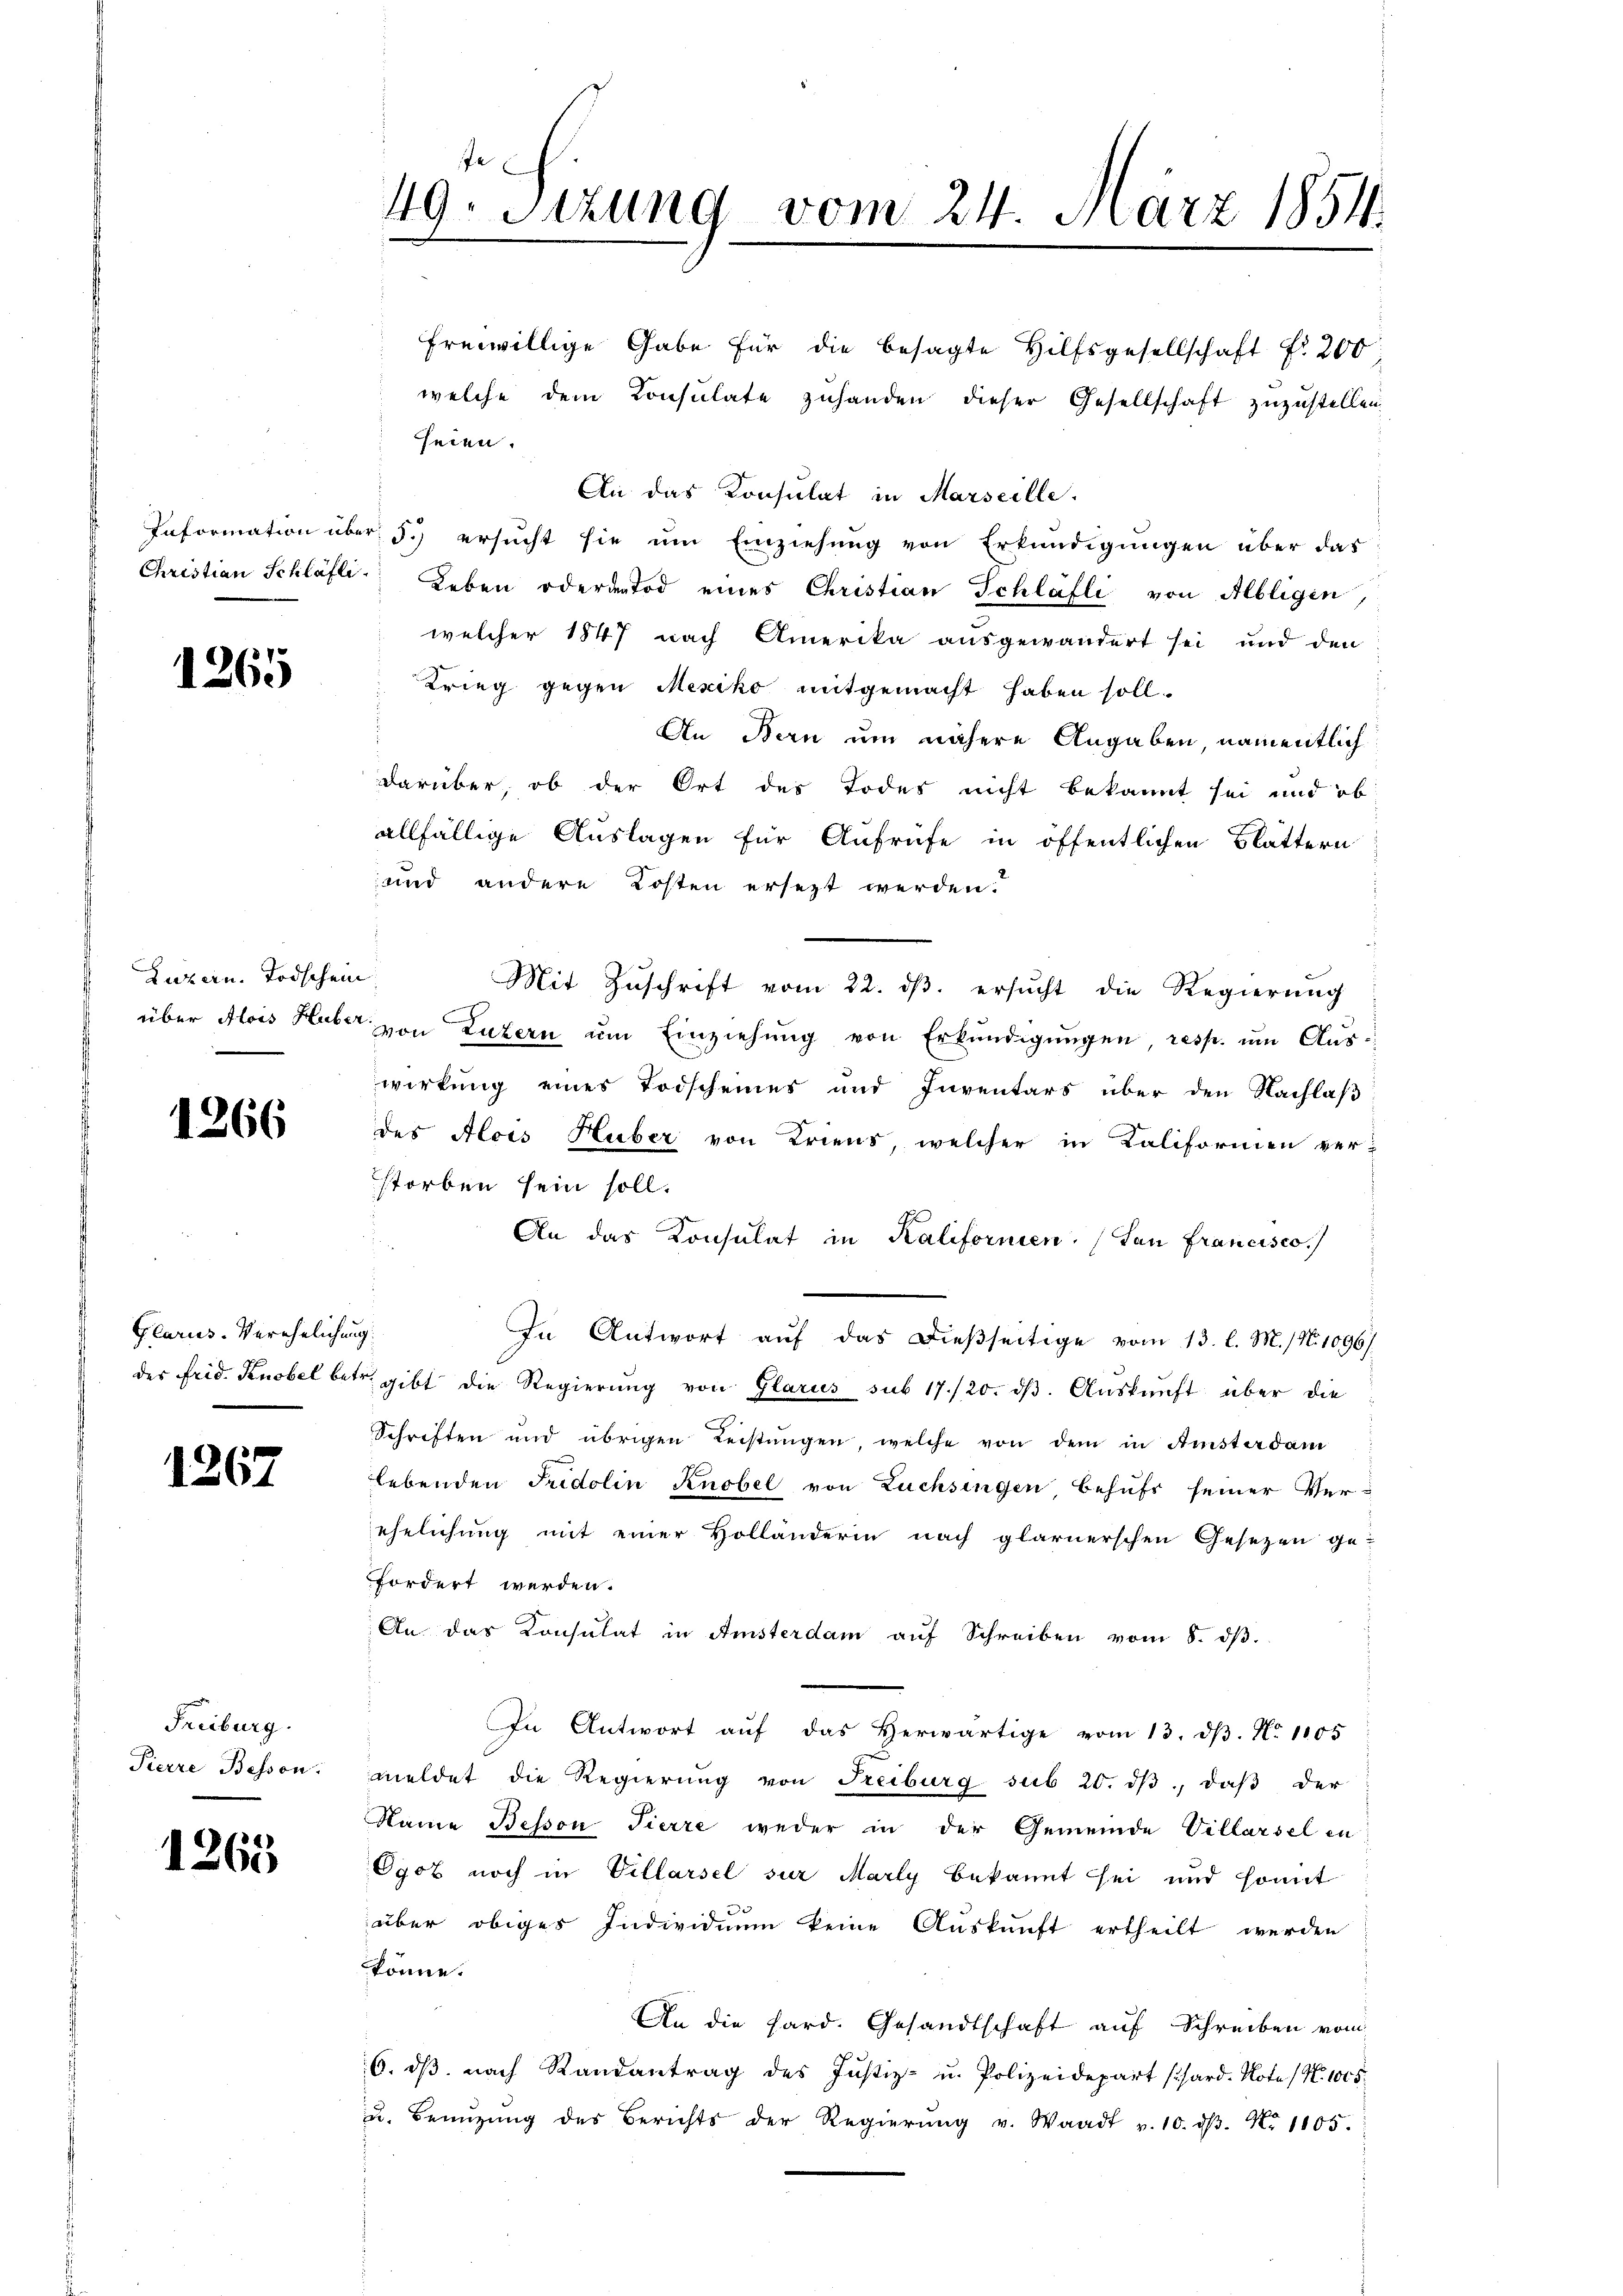
1265

Luzern. Todschein

1266

Glarus. Verehelichung

1267

Freiburg.
Pierre Bessen:

1265

e
49. Sitzung vom 24. März 1854.

seien.
An das Konsulat in Marseille.
Information über 5.) ersucht sie um Einziehung von Erkundigungen über das
Christian Schläfli. Leben oderentod eines Christian Schläfli von Albligen,
welcher 1847 nach Amerika ausgewandert sei und den
Krieg gegen Mexiko mitgemacht haben soll.
An Bern um nähere Angaben, namentlich
darüber, ob der Ort des Todes nicht bekannt sei und ob
allfällige Auslagen für Aufrufe in öffentlichen Blättern
und andere Kosten ersezt werden.
Mit Zŭschrift vom 22. dβ. ersŭcht die Regierŭng
über Alois Huber von Luzern ŭm Einziehŭng von Erkŭndigŭngen, resp. um Aus-
wirkung eines Todscheines und Inventars über den Nachlaß
des Alois Huber von Triens, welcher in Kaliformen verstorben sein soll.
An das Konsulat in Kalifornien. (San Francisco
In Antwort aŭf das dießseitige vom 13. l. M. / No. 1096/
der Frid. Knobel betr. gibt die Regierŭng von Glarus sub 17./20. dβ. Aŭskŭnft über die
Schriften und übrigen Leistŭngen, welche von dem in Amsterdam
lebenden Fridolin Knobel von Züchsingen behufs seiner Ver-
ehelichung mit einer Holländerin nach glarnerschen Gesetzen ge-
fordert werden.
An das Konsulat in Amsterdam aŭf Schreiben vom 8. dβ.
In Antwort aŭf das herwärtige vom 13. dβ. No 1105
meldet die Regierung von Freiburg sub 20. dβ, daβ der
Name Bessen Tierre weder in der Gemeinde Villarsel in
Ogox noch in Villarsel sur Marty bekannt sei und somit
über obiges Individuum keine Auskunft ertheilt werden
könne.
An die Sard. Gesandtschaft auf Schreiben vom
6. dβ nach Randantrag des Justiz- u. Polizeidepart schard. Note / N. 1005.
u. Benŭtzŭng des Berichts der Regierŭng v. Waadt v. 10. dβ. No 1105.

freiwillige Gabe für die besagte Hilfsgesellschaft fr 200
welche dem Consulate zuhanden dieser Gesellschaft zuzustellen.